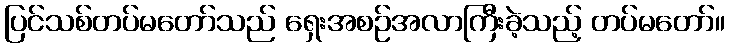
ပြင်သစ်တပ်မတော်သည် ရှေးအစဉ်အလာကြီးခဲ့သည့် တပ်မတော်။